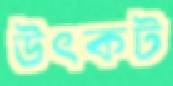
উৎকট